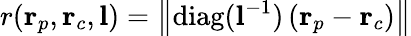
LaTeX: r(\textbf{r}_{p},\textbf{r}_{c},\textbf{l})=\left\| \mathrm{diag}(\mathbf{l}^{-1})\left(\textbf{r}_{p}-\textbf{r}_{c}\right)\right\|